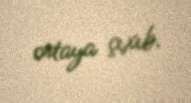
ortaya çıxıb.